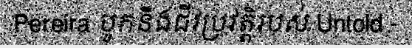
Pereira បូកនឹងជីវប្រវត្តិរបស់ Untold -